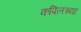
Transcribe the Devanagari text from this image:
कपिलच्या